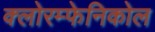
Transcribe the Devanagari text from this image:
क्लोरम्फेनिकोल